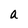
Character: a